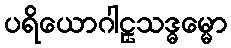
ပရိယောဂါဠှသဒ္ဓမ္မော